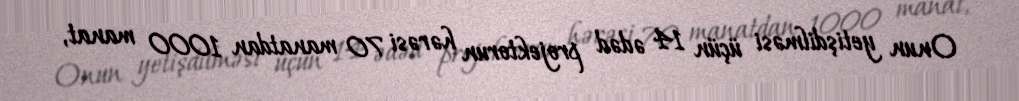
Onun yetişdilməsi üçün 14 ədəd projektorun hərəsi 70 manatdan 1000 manat,